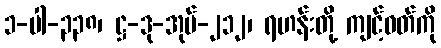
၁-ပါ-၃၃၈၊ ဋ္ဌ-ဒု-အုပ်-၂၁၂၊ ရဟန်းတို့ ကျင့်ဝတ်ကို